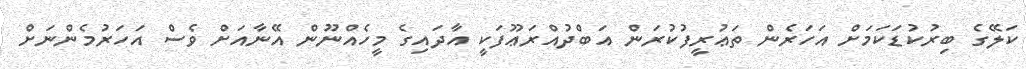
ކަލޭގެ ބިރުކުޑަކަމަށް އަހަރެން ތަޢުރީފުކުރަން އަބްދުއްރަޢޫފަކީ އާދައިގެ މީހެއްނޫން އޭނާއަށް ވެސް އަހަރުމެންނަށް